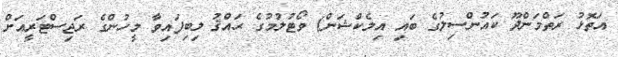
އަތޮޅު ރަތްމަންދޫ ކައުންސިލުގެ ބައި އިލެކްޝަން) ވޯޓުލުމުގެ ޙައްޤު ލިބިފައިވާ މީހުންގެ ރަޖިސްޓަރީއަށް